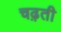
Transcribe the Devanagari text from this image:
चढ़़ती